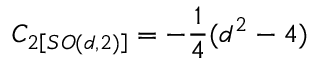
C _ { 2 \left[ S O ( d , 2 ) \right] } = - \frac { 1 } { 4 } ( d ^ { 2 } - 4 )